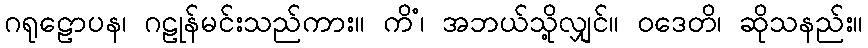
ဂရုဠောပန၊ ဂဠုန်မင်းသည်ကား။ ကိံ၊ အဘယ်သို့လျှင်။ ဝဒေတိ၊ ဆိုသနည်း။